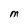
Character: M